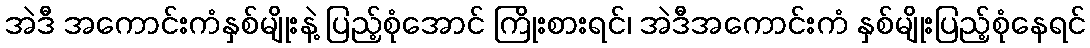
အဲဒီ အကောင်းကံနှစ်မျိုးနဲ့ ပြည့်စုံအောင် ကြိုးစားရင်၊ အဲဒီအကောင်းကံ နှစ်မျိုးပြည့်စုံနေရင်